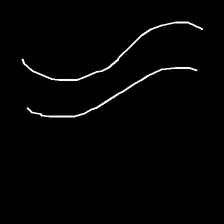
Glyph: float